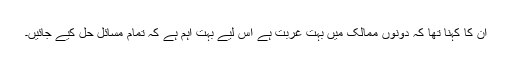
ان کا کہنا تھا کہ دونوں ممالک میں بہت غربت ہے اس لیے بہت اہم ہے کہ تمام مسائل حل کیے جائیں۔